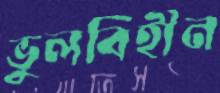
ভুলবিহীন